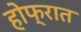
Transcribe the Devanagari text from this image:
होफ्रात